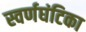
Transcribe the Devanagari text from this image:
स्वर्णघंटिका